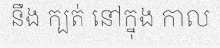
នឹង ក្បត់ នៅក្នុង កាល